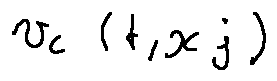
u _ { i } ( t , x _ { j } )